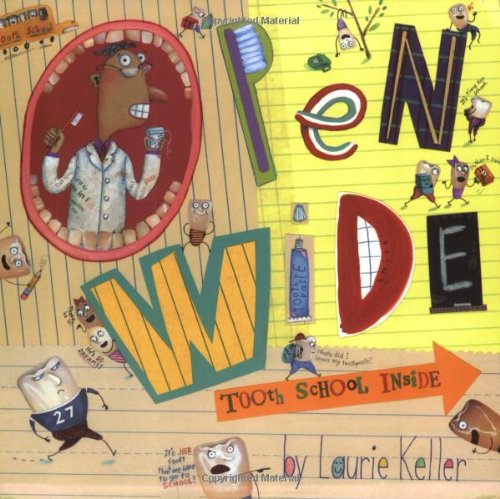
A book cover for Open Wide: Tooth School Inside; Laurie Keller; Humor & Entertainment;